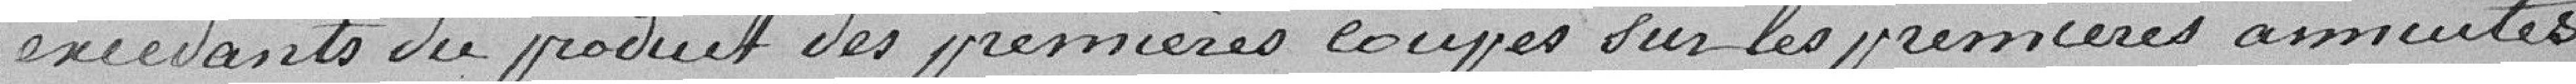
excédants du produit des premières coupes sur les premières annuités